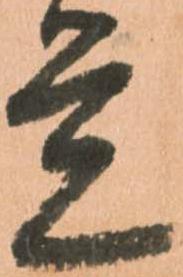
覚